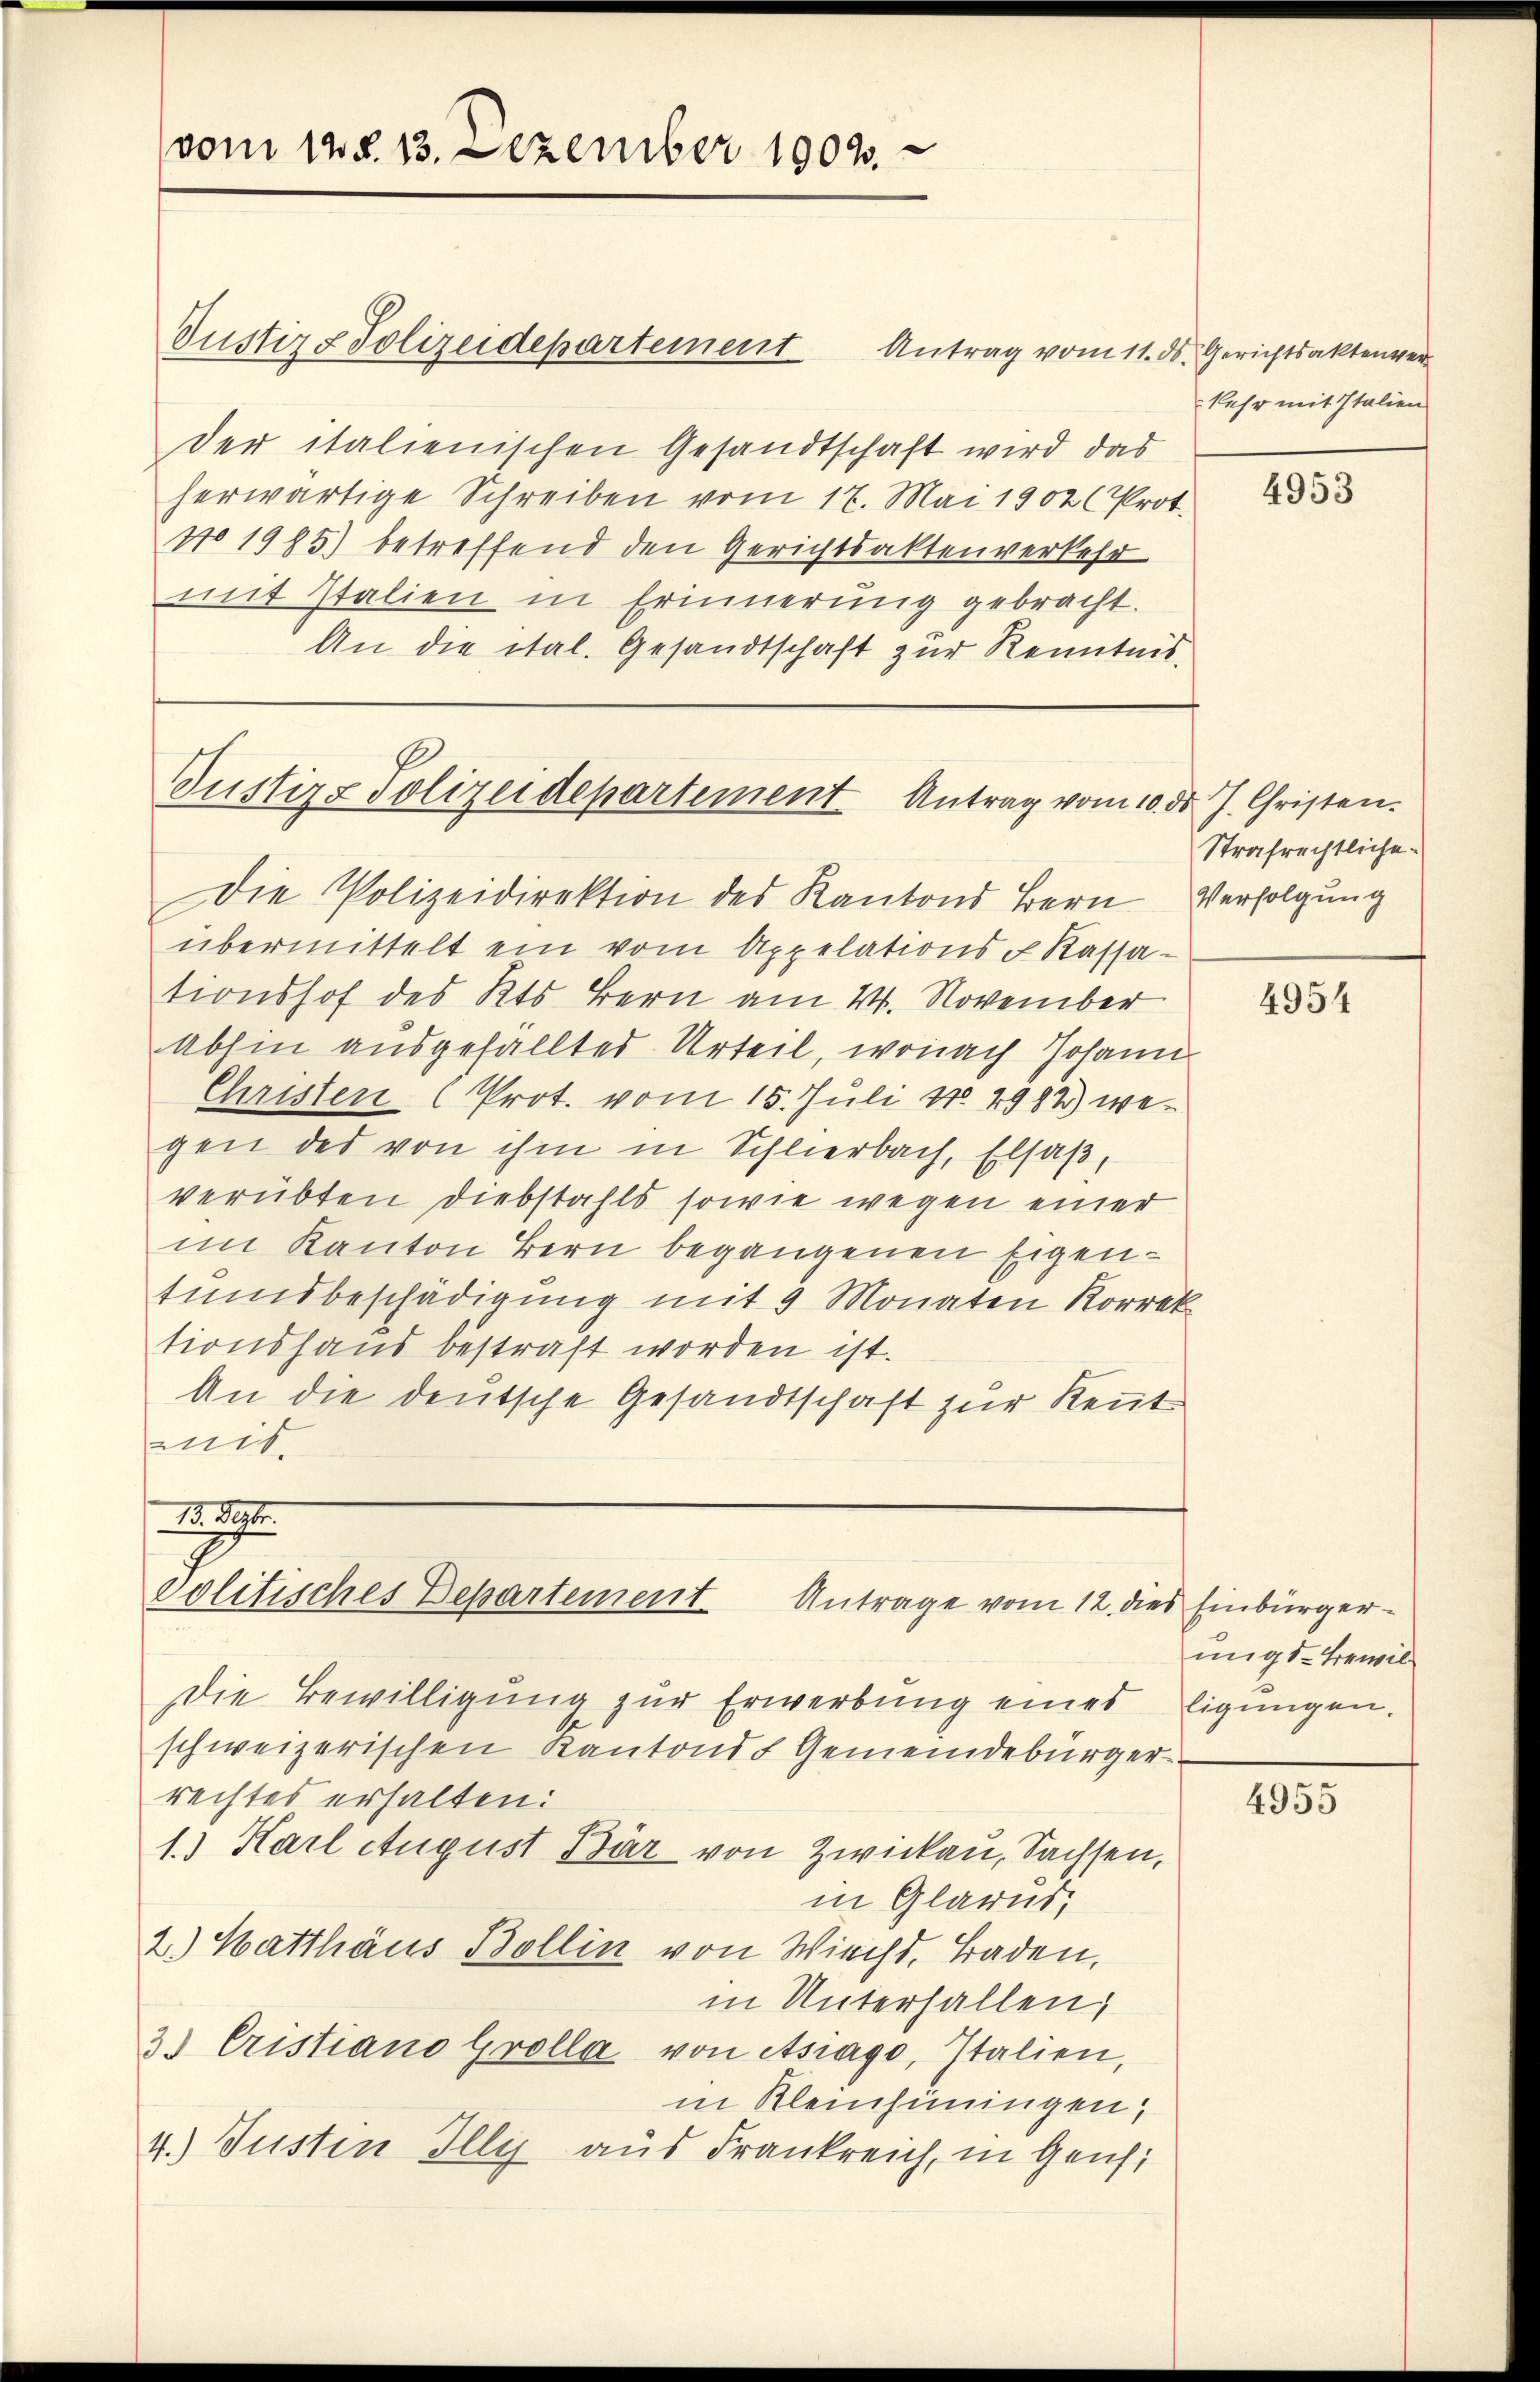
vom 12. d. 13. Dezember 1902.

Justizs Polizeidepartement Antrag vom 11. ds. Gerichtsaktenver

der italienischen Gesandtschaft wird das
herwärtige Schreiben vom 17. Mai 1902 (Prot.
No 1985) betreffend den Gerichtsaktenverkehr
mit Italien in Erinnerung gebracht.
An die ital. Gesandtschaft zur Kenntnis.

Justizs Polizeidepartement Antrag vom 10. ds J. Christen.

89
Politisches Departement
Antrage vom 12. des Einbürger¬
Die Bewilligung zur Erwerbung eines

kehr mit Italien

Die Polizeidirektion des Kantons Bern Verfolgung
übermittelt ein vom Appelations - Kassa-
tionshof des Kts. Bern am 21. November
Abhin ausgefälltes Urteil, wonach Johann
Christen (Prot. vom 15. Juli 184982 wegen des von ihm in Schlierbach, Elsaß,
verübten Diebstahls sowie wegen einer
im Kanton Bern begangenen Eigentumsbeschädigung mit 9 Monaten Korrek
tionshaus bestraft worden ist.
An die deutsche Gesandtschaft zur Kennt
mit.

schweizerischen Kantons Gemeindebürgerrechtes erhalten:
1.) Karl August Bär von Zwickau, Sachsen,
in Glarus,
2.) Hatthäus Bollin von Wiecht, Baden,
in Unterhallen,
3.) Cristiano Grolla von Asiago, Italien,
in Kleinhiningen,
4.) Justin Illy aus Frankreich, in Genf

4953

Strafrechtliche

4954

migs-Bewilligungen.

4955